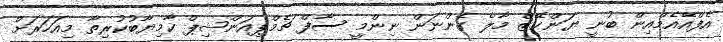
އެފްއޭއެމްއިން ބުނީ ޔަންކޭޒް މާލެ ގެންނަން ނިންމީ ސާފް ޗެމްޕިއަންޝިޕް ކާމިޔާބުކުރިތާ މިއަހަރަށް